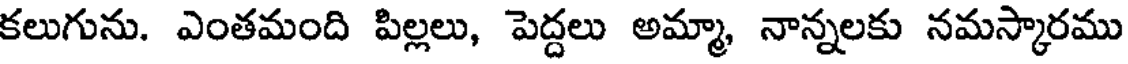
కలుగును. ఎంతమంది పిల్లలు, పెద్దలు అమ్మా, నాన్నలకు నమస్కారము